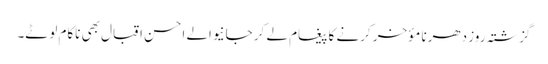
گزشتہ روز دھرنا مؤخر کرنے کا پیغام لے کر جانیوالے احسن اقبال بھی ناکام لوٹے۔